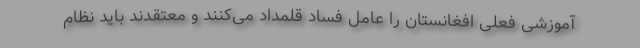
آموزشی فعلی افغانستان را عامل فساد قلمداد می‌کنند و معتقدند باید نظام